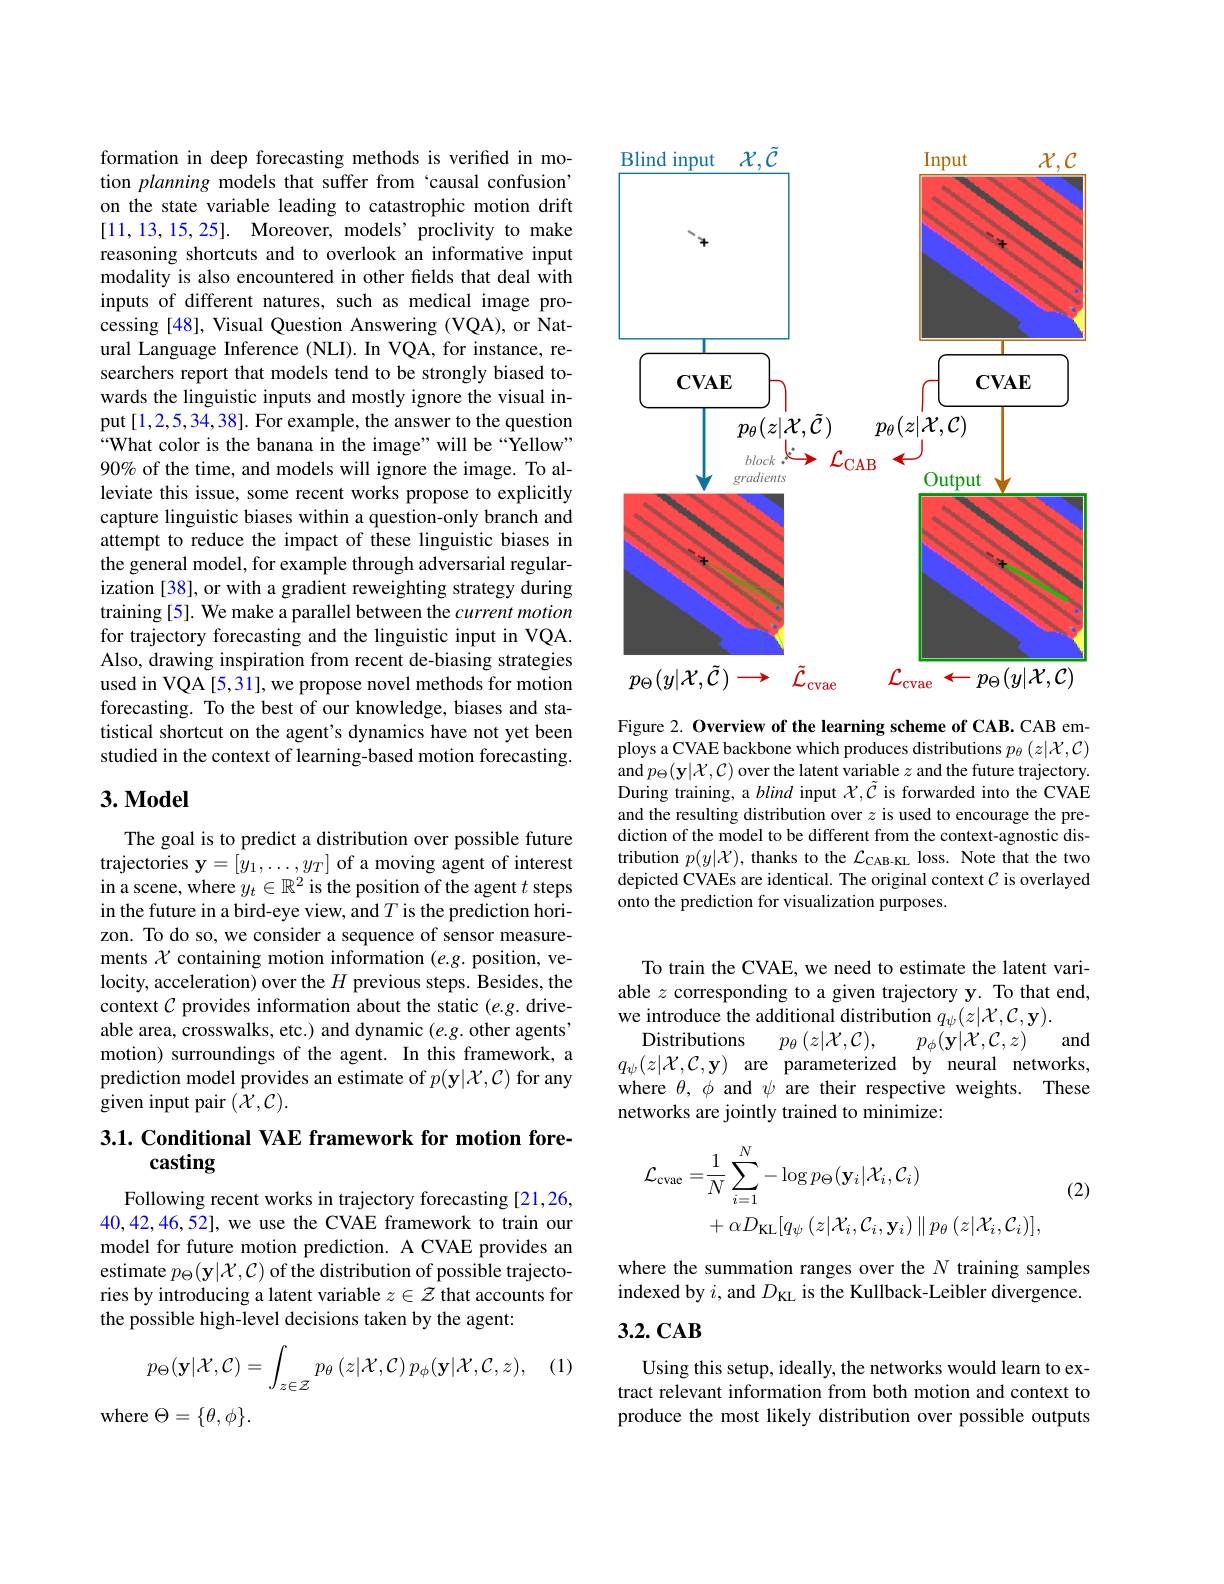
formation in deep forecasting methods is verified in motion planning models that suffer from ‘causal confusion’ on the state variable leading to catastrophic motion drift [11,13,15,25]. Moreover, models’proclivity to make reasoning shortcuts and to overlook an informative input modality is also encountered in other felds that deal with inputs of different natures, such as medical image processing [48], Visual Question Answering (VQA), or Natural Language Inference (NLI). In VQA, for instance, researchers report that models tend to be strongly biased towards the linguistic inputs and mostly ignore the visual input[1,2,5,34,38]. For example, the answer to the question “What color is the banana in the image" will be“Yellow” 90% of the time, and models will ignore the image. To alleviate this issue, some recent works propose to explicitly capture linguistic biases within a question-only branch and attempt to reduce the impact of these linguistic biases in the general model, for example through adversarial regularization [38], or with a gradient reweighting strategy during training [5]. We make a parallel between the current motion for trajectory forecasting and the linguistic input in VQA. Also, drawing inspiration from recent de-biasing strategies used in VQA [5,31], we propose novel methods for motion forecasting. To the best of our knowledge, biases and statistical shortcut on the agent's dynamics have not yet been studied in the context of learning-based motion forecasting.

## 3. Model

The goal is to predict a distribution over possible future trajectories $\mathbf{y}=[\hat{y}_1,\ldots,y_T]$ of a moving agent of interest in a scene, where $y_t\in\mathbb{R}^2$ is the position of the agent $t$ steps in the future in a bird-eye view, and $T$ is the prediction horizon. To do so, we consider a sequence of sensor measurements $\mathcal{X}$ containing motion information (e.g. position, velocity, acceleration) over the $H$ previous steps. Besides, the context $\mathcal{C}$ provides information about the static $(e.g.$ driveable area, crosswalks, etc.) and dynamic $(e.g.$ other agents' motion) surroundings of the agent. In this framework, a prediction model provides an estimate of $p(\mathbf{y}|\mathcal{X},\mathcal{C})$ for any given input pair $(\mathcal{X},\mathcal{C}).$

### 3.1. Conditional VAE framework for motion forecasting

Following recent works in trajectory forecasting [21,26, 40,42,46,52], we use the CVAE framework to train our model for future motion prediction. A CVAE provides an estimate $p_\Theta(\mathbf{y}|\mathcal{X},\mathcal{C})$ of the distribution of possible trajectories by introducing a latent variable $z\in\mathcal{Z}$ that accounts for the possible high-level decisions taken by the agent:

(1)
$$p_{\Theta}(\mathbf{y}|\mathcal{X},\mathcal{C})=\int_{z\in\mathcal{Z}}p_{\theta}\left(z|\mathcal{X},\mathcal{C}\right)p_{\phi}(\mathbf{y}|\mathcal{X},\mathcal{C},z),$$
where $\Theta=\{\theta,\phi\}.$

<FigureHere>

Figure 2. Overview of the learning scheme of CAB. CAB employs a CVAE backbone which produces distributions $p_\theta\left(z|\mathcal{X},\mathcal{C}\right)$ and $p_\Theta(\mathbf{y}|\mathcal{X},\mathcal{C})$ over the latent variable $z$ and the future trajectory. During training, a blind input $\chi,\tilde{\mathcal{C}}$ is forwarded into the CVAE and the resulting distribution over $z$ is used to encourage the prediction of the model to be different from the context-agnostic distribution $p(y|\mathcal{X})$, thanks to the $\mathcal{L}_\text{CAB-KL}$ loss. Note that the two depicted CVAEs are identical. The original context $\mathcal{C}$ is overlayed onto the prediction for visualization purposes.

we introduce the additional distribution $q_\psi(z|\mathcal{X},\mathcal{C},\mathbf{y}).$Distributions$p_\theta \left ( z| \mathcal{X} , \mathcal{C} \right ) $, $p_\phi ( \mathbf{y} | \mathcal{X} , \mathcal{C} , z)$ and $q_\psi(z|\mathcal{X},\mathcal{C},\mathbf{y})$ are parameterized by neural networks,

To train the CVAE, we need to estimate the latent variable $z$ corresponding to a given trajectory y. To that end, where $\theta,\phi$ and $\psi$ are their respective weights. These networks are jointly trained to minimize:
$$\begin{aligned}\mathcal{L}_{\mathrm{cvae}}=&\frac{1}{N}\sum_{i=1}^{N}-\log p_{\Theta}(\mathbf{y}_{i}|\mathcal{X}_{i},\mathcal{C}_{i})\\&+\alpha D_{\mathrm{KL}}[q_{\psi}\left(z|\mathcal{X}_{i},\mathcal{C}_{i},\mathbf{y}_{i}\right)\|p_{\theta}\left(z|\mathcal{X}_{i},\mathcal{C}_{i}\right)],\end{aligned}$$
(2)

where the summation ranges over the $N$ training samples indexed by $i$, and $D_\mathrm{KL}$ is the Kullback-Leibler divergence.

## $3.2.\mathbf{CAB}$

Using this setup, ideally, the networks would learn to extract relevant information from both motion and context to produce the most likely distribution over possible outputs